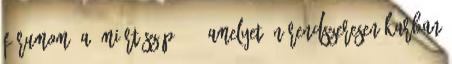
fórumom, a "Miért szép?" -, amelyet én rendszeresen karban